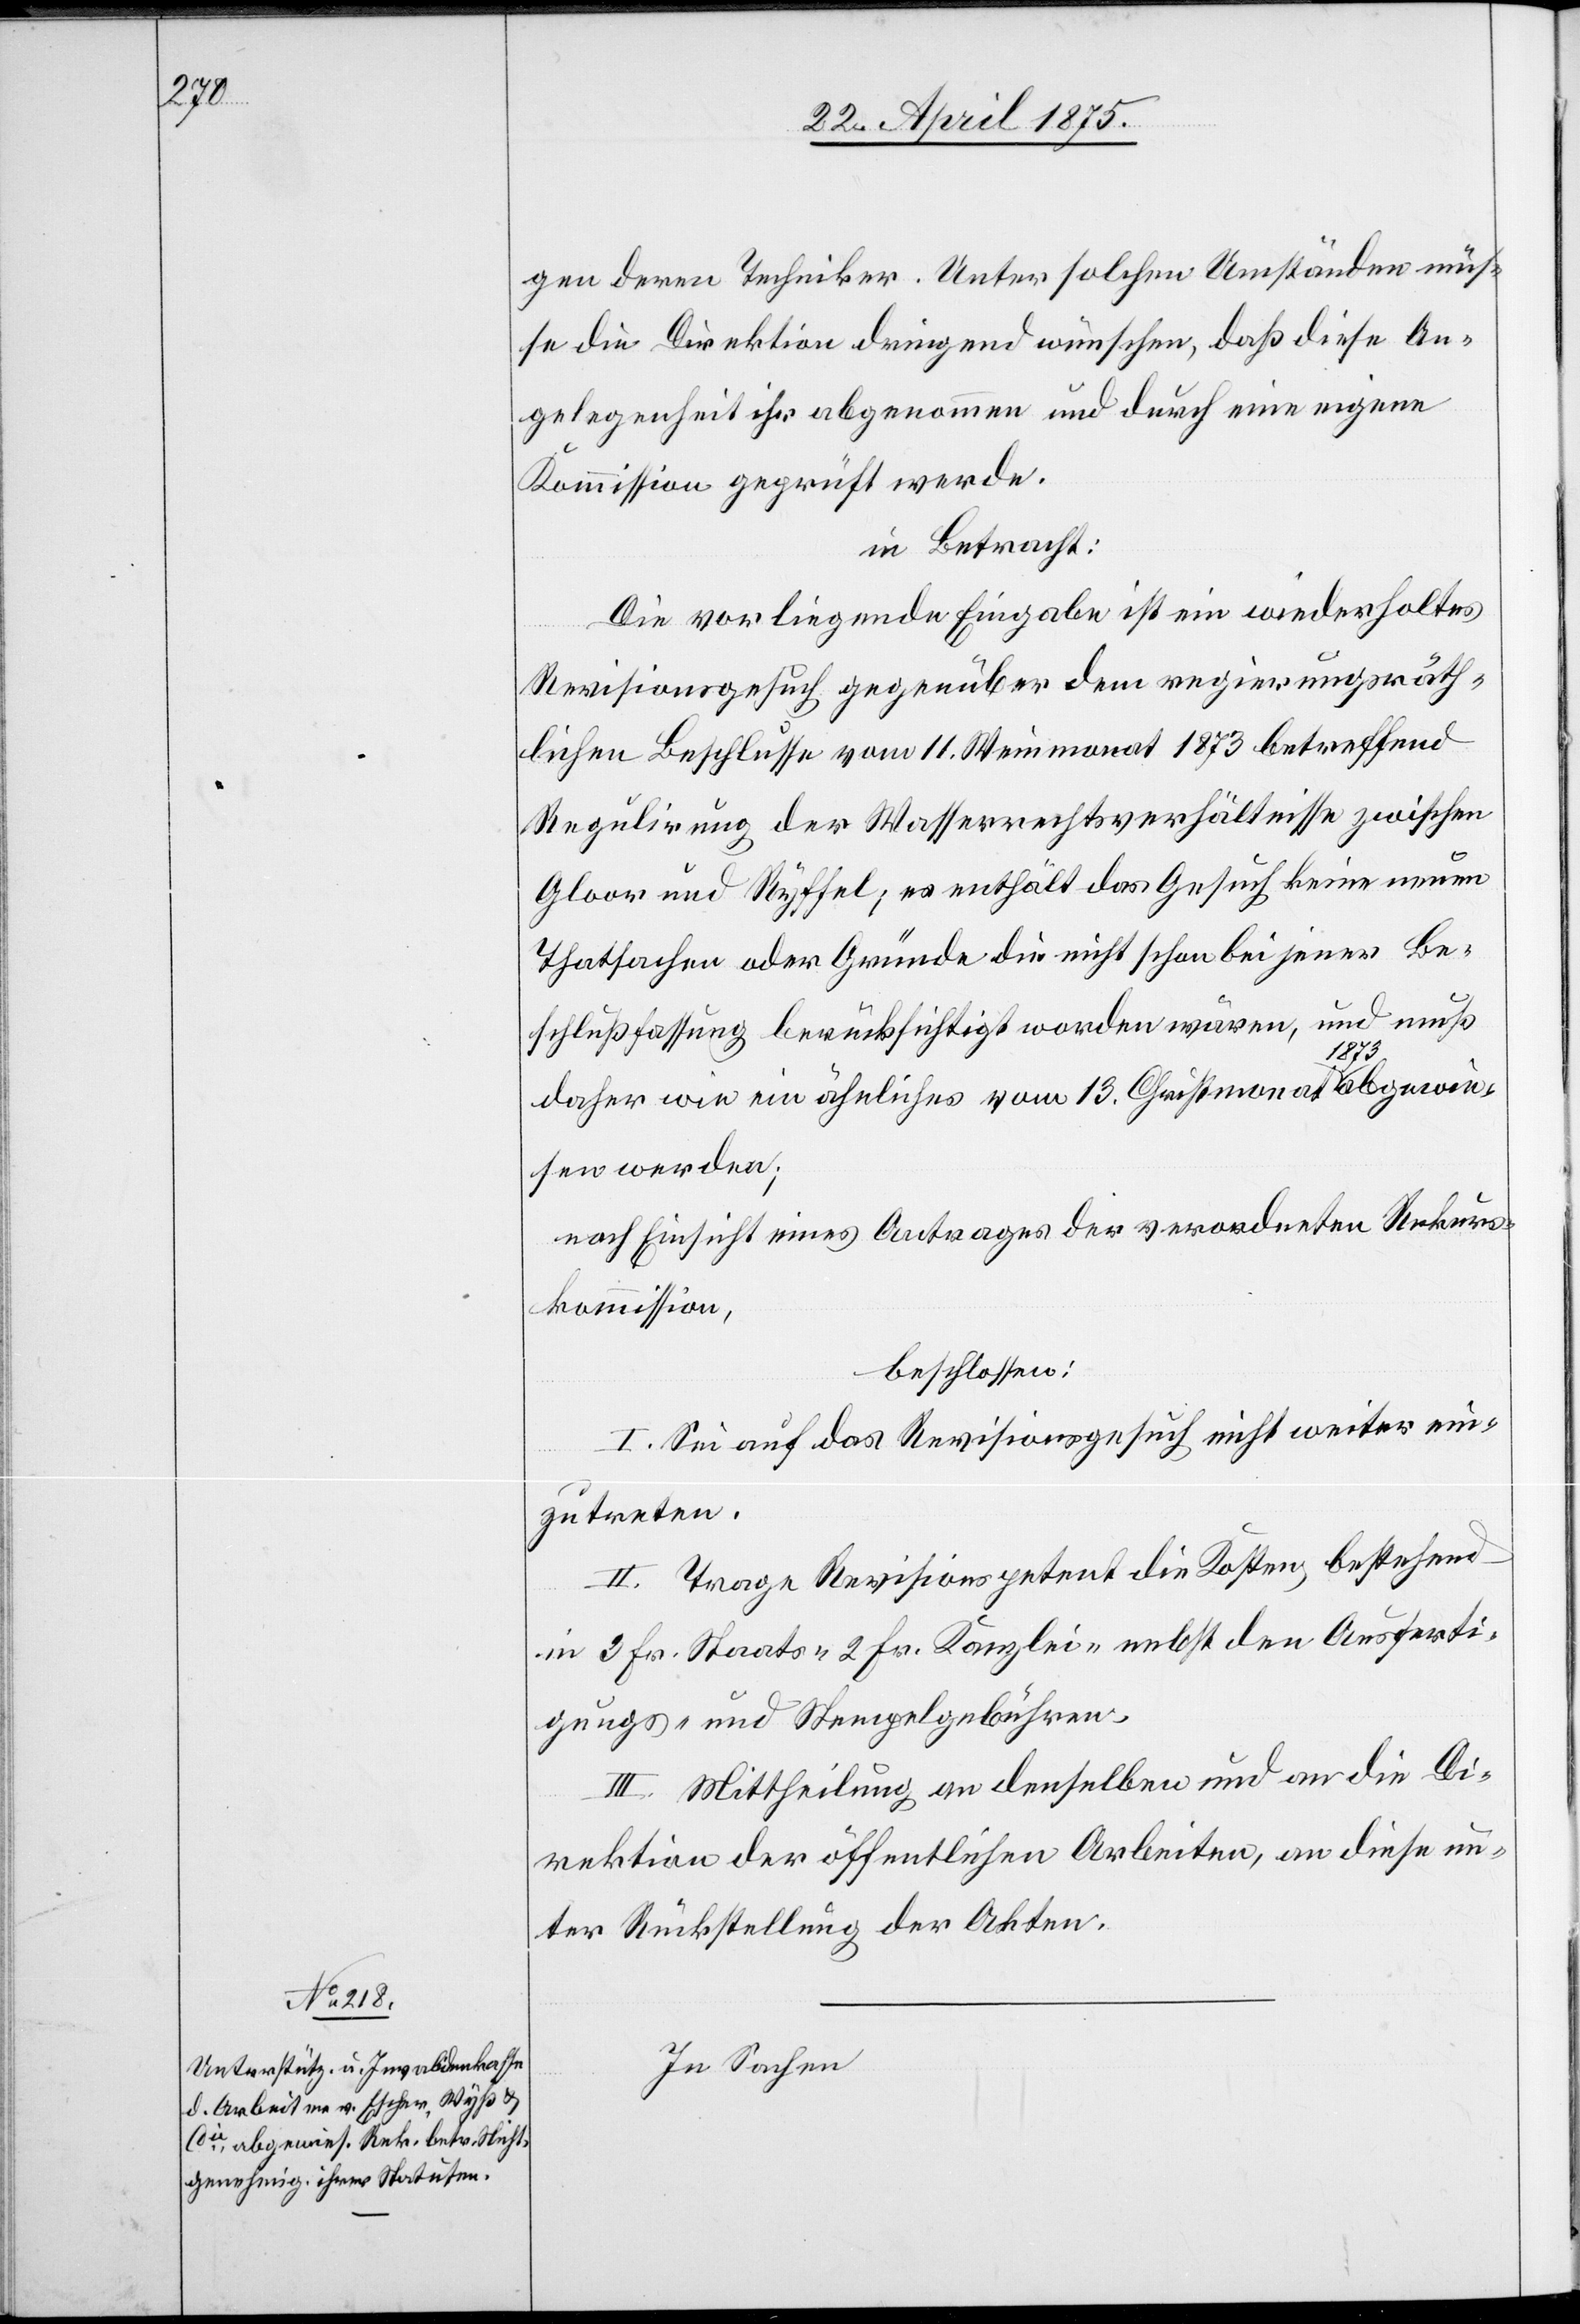
gen deren Techniker. Unter solchen Umständen müs¬
se die Direktion dringend wünschen, daß diese An¬
gelegenheit ihr abgenommen und durch eine eigene
Kommission geprüft werde.
in Betracht:
Die vorliegende Eingabe ist ein wiederholtes
Revisionsgesuch gegenüber dem regierungsräth¬
lichen Beschlusse vom 11. Weinmonat 1873 betreffend
Regulirung der Wasserrechtsverhältnisse zwischen
Gloor und Ryffel, es enthält das Gesuch keine neuen
Thatsachen oder Gründe die nicht schon bei jener Be¬
schlußfassung berücksichtigt worden wären, und muß
daher wie ein ähnliches vom 13. Christmonat 1873 abgewie¬
sen werden;
nach Einsicht eines Antrages der verordneten Rekurs¬
kommission,
beschlossen:
I. Sei auf das Revisionsgesuch nicht weiter ein¬
zutreten.
II. Trage Revisionspetent die Kosten, bestehend
in 3 Fr. Staats- 2 Fr. Kanzlei- nebst den Ausferti¬
gungs- und Stempelgebühren.
III. Mittheilung an denselben und an die Di¬
rektion der öffentlichen Arbeiten, an diese un¬
ter Rückstellung der Akten.
In Sachen